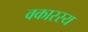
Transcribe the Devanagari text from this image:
वकारस्य